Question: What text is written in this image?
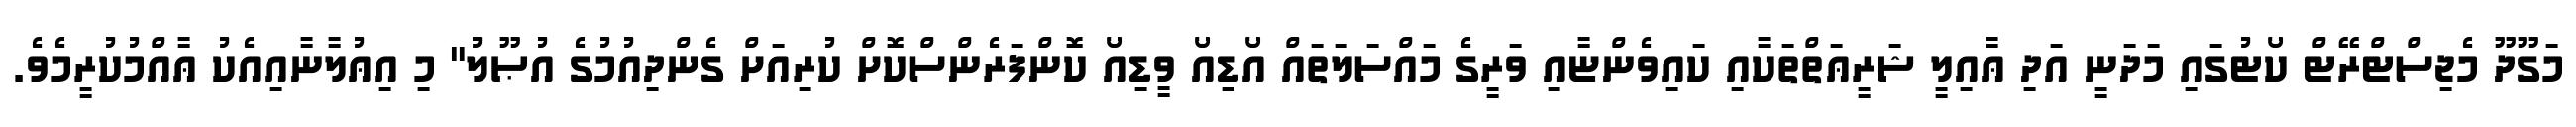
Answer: މަގޫދޫ މެޖިސްޓްރޭޓް ކޯޓުގައި މަދަނީ އަދި ޢާއިލީ ޝަރީޢަތްތަކާއި ކައިވެންޏާއި ވަރީގެ މައްސަލަތައް އޯޑިއޯ ވީޑިއޯ ކޮންފަރެންސްކޮށް ކުރިއަށް ގެންދިއުމުގެ އުޞޫލު" މި އިޢުލާނާއިއެކު ޢާއްމުކުރީމެވެ.